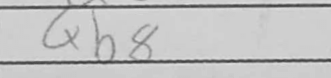
Transcription: Qb8